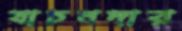
যাচনদার